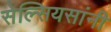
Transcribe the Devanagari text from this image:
सेल्सियसांनी